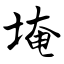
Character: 埯